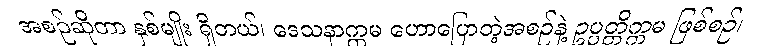
အစဉ်ဆိုတာ နှစ်မျိုး ရှိတယ်၊ ဒေသနာက္ကမ ဟောပြောတဲ့အစဉ်နဲ့ ဥပ္ပတ္တိက္ကမ ဖြစ်စဉ်၊